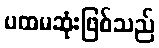
ပထမဆုံးဖြစ်သည်